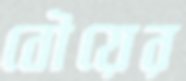
বৌয়ের